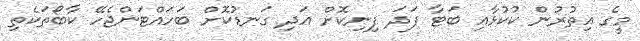
މީގެ އިތުރުން ކުކުޅާއި ބަޓާ ފަދަ ފިނިކޮށް އަދި ގަނޑުކޮށް ބަހައްޓަންޖެހޭ ކާބޯތަކެތި